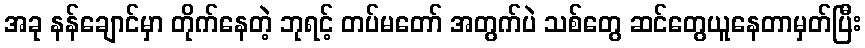
အခု နန်ချောင်မှာ တိုက်နေတဲ့ ဘုရင့် တပ်မတော် အတွက်ပဲ သစ်တွေ ဆင်တွေယူနေတာမှတ်ပြီး